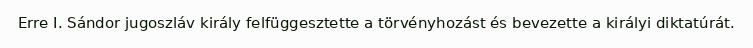
Erre I. Sándor jugoszláv király felfüggesztette a törvényhozást és bevezette a királyi diktatúrát.